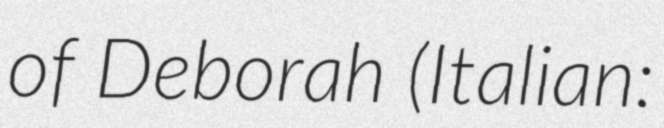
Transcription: of Deborah (Italian: